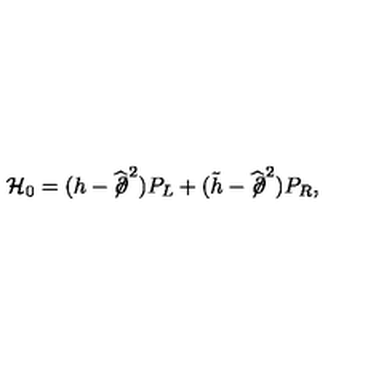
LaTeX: { \mathcal H } _ { 0 } = ( h - \widehat { \not \! \partial } ^ { 2 } ) P _ { L } + ( \tilde { h } - \widehat { \not \! \partial } ^ { 2 } ) P _ { R } ,